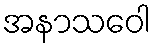
အနာသဝေါ